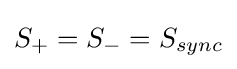
S_{+}=S_{-}=S_{sync}